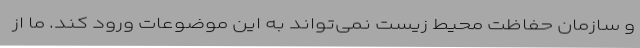
و سازمان حفاظت محیط زیست نمی‌تواند به این موضوعات ورود کند. ما از